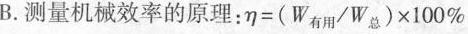
B.测量机械效率的原理：$$η = ( W _ { 有 用 } /